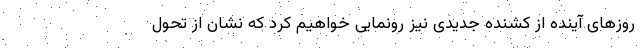
روزهای آینده از کشنده‌ جدیدی نیز رونمایی خواهیم کرد که نشان از تحول